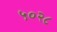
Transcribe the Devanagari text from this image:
५०२८